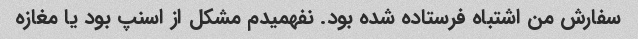
سفارش من اشتباه فرستاده شده بود. نفهمیدم مشکل از اسنپ بود یا مغازه